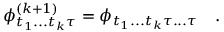
\phi _ { t _ { 1 } . . . t _ { k } \tau } ^ { ( k + 1 ) } = \phi _ { t _ { 1 } . . . t _ { k } \tau . . . \tau } \quad .